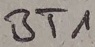
Text: BT1